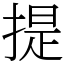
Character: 提